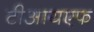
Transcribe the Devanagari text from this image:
टीआयएफ